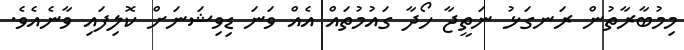
މިމުބާރާތުން ރަނގަޅު ނަތީޖާ ހޯދާ ގައުމުތައް އެއް ވަނަ ޑިވިޝަނަށް ކޮލިފައި ވާނެއެވެ.